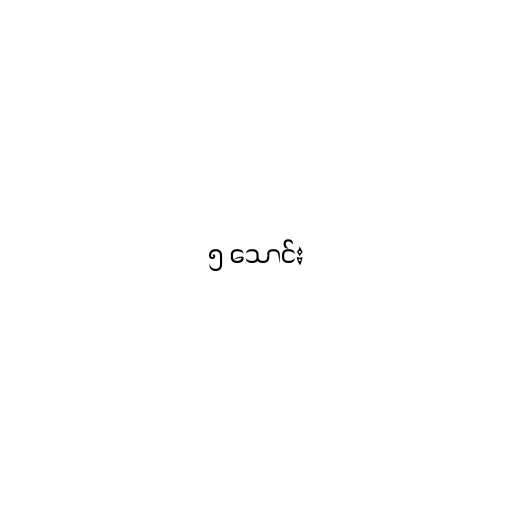
၅ သောင်း